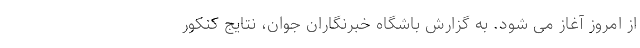
از امروز آغاز می شود. به گزارش باشگاه خبرنگاران جوان، نتایج کنکور